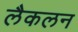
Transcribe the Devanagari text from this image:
लैकलन